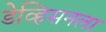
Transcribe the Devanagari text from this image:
डेव्हिसनला